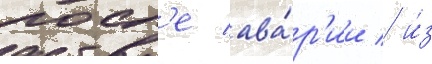
посл'е ава́р'ии / и́з